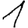
Digit: 1